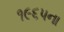
૧૯૬પના